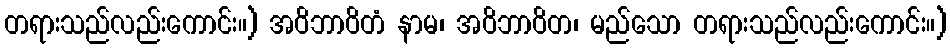
တရားသည်လည်းကောင်း။) အဝိဘာဝိတံ နာမ၊ အဝိဘာဝိတ၊ မည်သော တရားသည်လည်းကောင်း။)